Document type: Sale
Year: 1355
Scribe: Pere Borrell
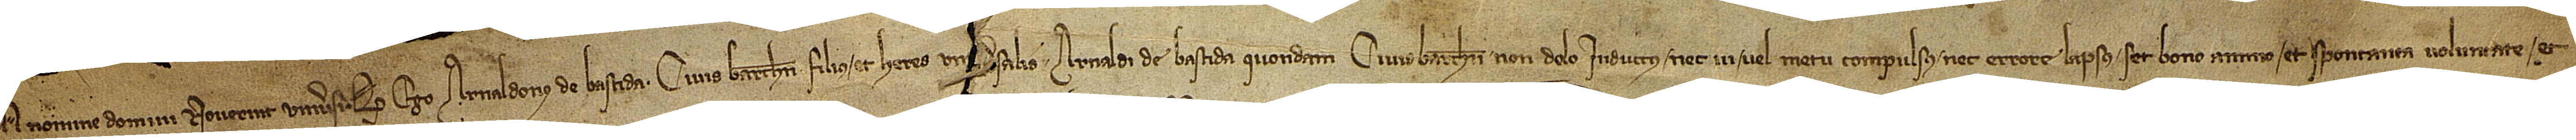
In nomine Domini. Noverint universi quod ego Arnaldonus de Bastida, civis Barchinone, fillius et heres un[iver]salis Arnaldi de Bastida, quondam, civis Barchinone, non dolo inductus nec vi vel metu compulsus nec errore lapsus, set bono animo et spontanea voluntate et